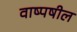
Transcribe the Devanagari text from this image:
वाष्पषील